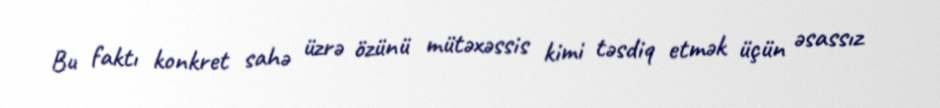
Bu faktı konkret sahə üzrə özünü mütəxəssis kimi təsdiq etmək üçün əsassız